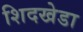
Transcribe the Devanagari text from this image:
शिदखेडा